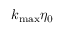
{ { k } _ { \operatorname* { m a x } } } { { \eta } _ { 0 } }